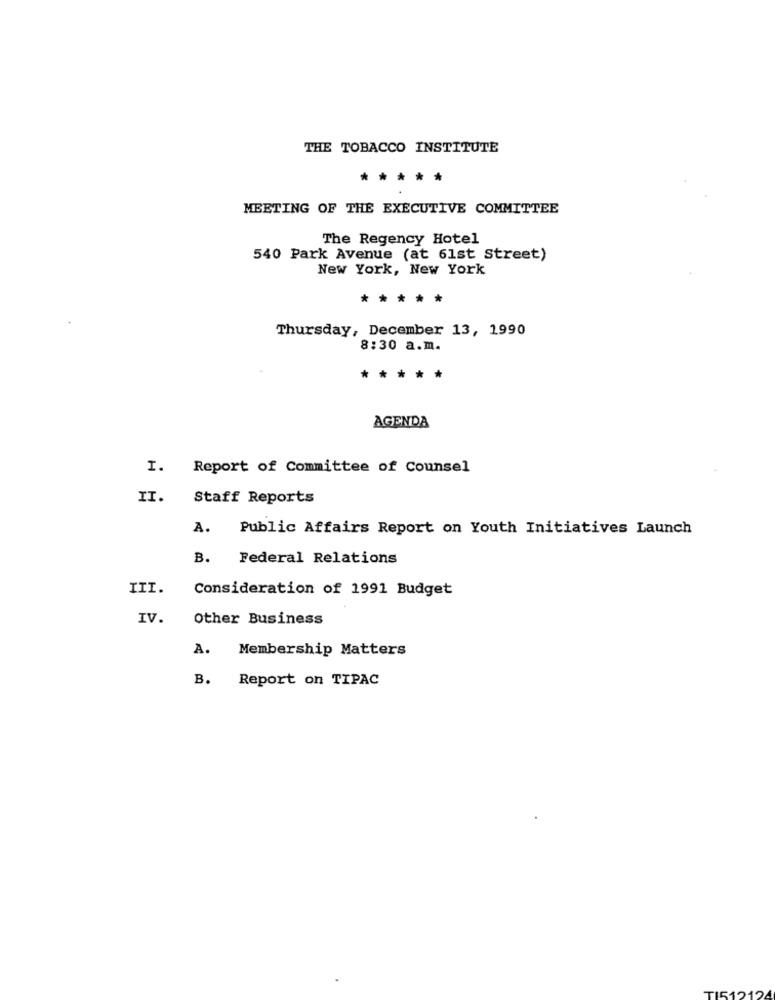
THE TOBACCO INSTITUTE
*****
MEETING OF THE EXECUTIVE COMMITTEE
The Regency Hotel
540 Park Avenue (at 61st Street)
New York, New York
*****
Thursday, December 13, 1990
8:30 a.m.
*****
AGENDA
I. Report of Committee of Counsel
II.
Staff Reports
A.
Public Affairs Report on Youth Initiatives Launch
B.
Federal Relations
III.
Consideration of 1991 Budget
IV.
Other Business
A.
Membership Matters
B.
Report on TIPAC
TIS12124